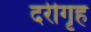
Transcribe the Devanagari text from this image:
दरीगृह